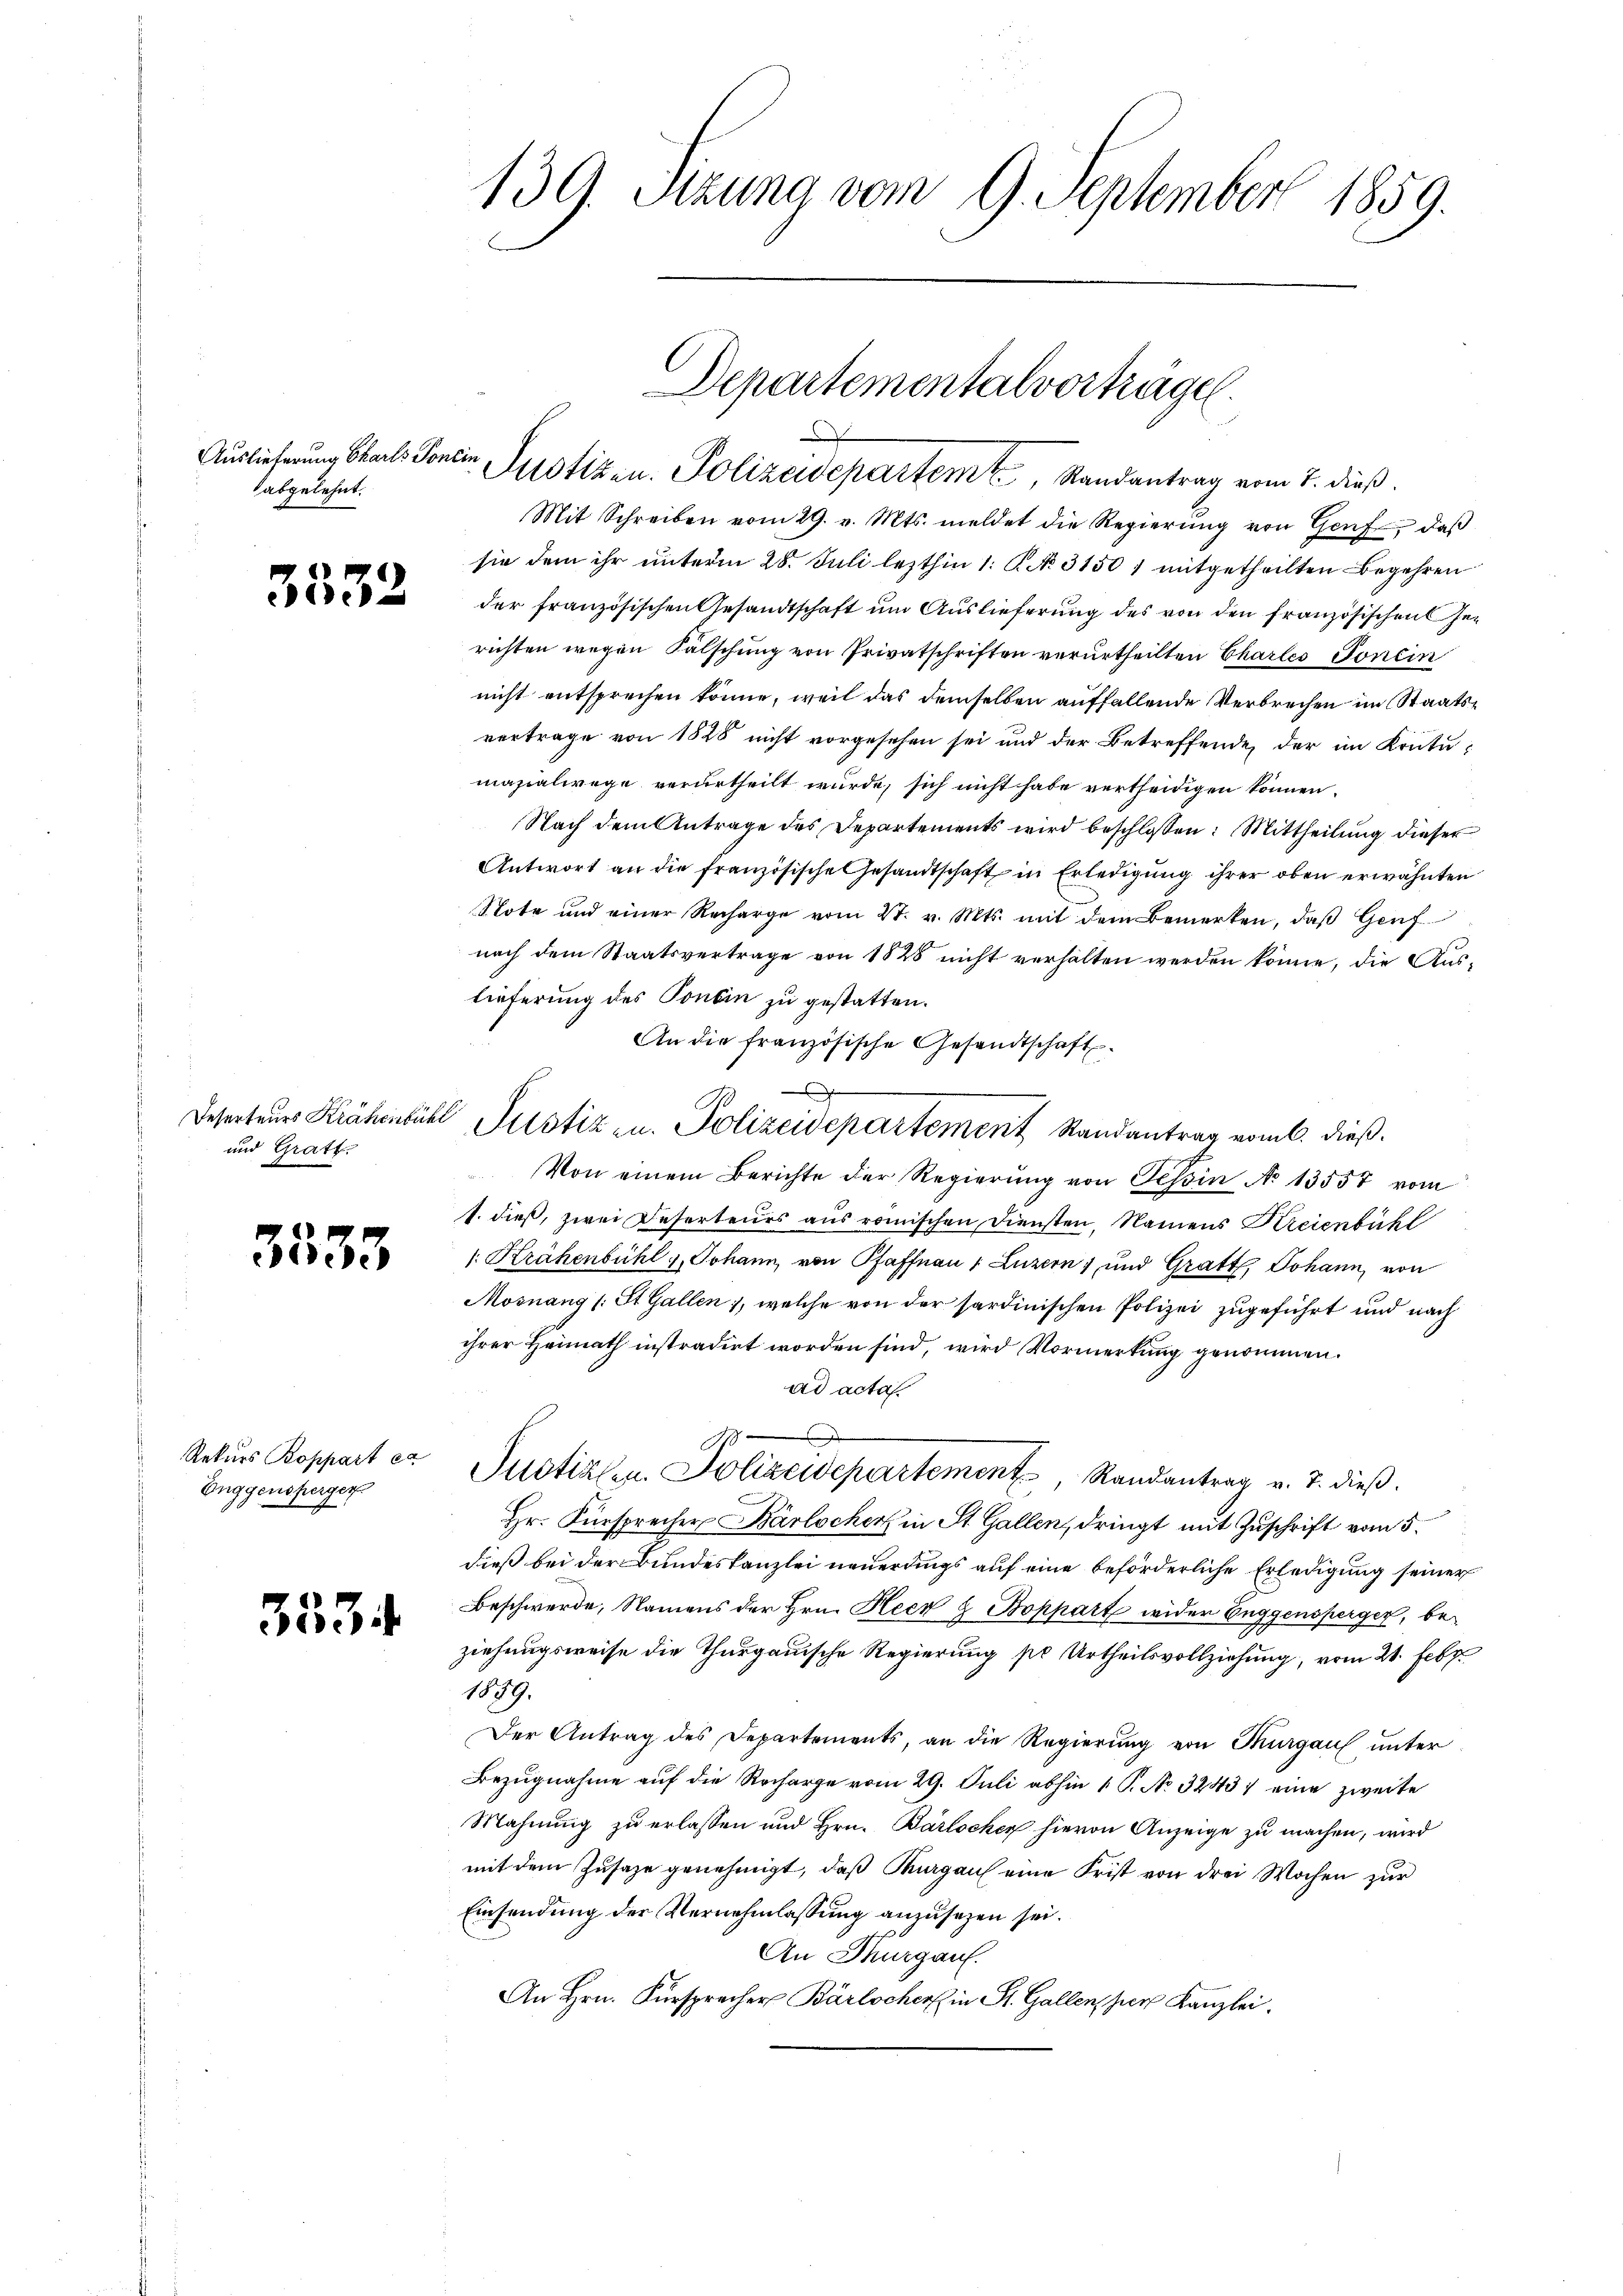
Auslieferung Carls Pontin
abgelehnt.

3532

und Gratt.

3533

Rekurs Boppart ex
Enggensperger

3534

139. Sitzung vom 9. September 1859.

Mit Schreiben vom 29. v. Mts. meldet die Regierŭng von Genf, daβ
sie dem ihr unterm 28. Juli lezthin 1. P. No. 31501 mitgetheilten Begehren
der französischen Gesandtschaft um Auslieferung des von den französischen Gerichten wegen Fälschung von Privatschriften verurtheilten Chartes Tonein
nicht entsprechen könne, weil das demselben auffallende Verbrechen im Staatsvertrage von 1828 nicht vorgesehen sei und der Betreffende der im Kontu-
masialwege verurtheilt wurde, sich nicht habe vertheidigen können.
Nach dem Antrage des Departements wird beschlossen: Mittheilung dieser
Antwort an die französische Gesandtschaft in Erledigung ihrer oben erwähnten
Note und einer Recharge vom 21. v. Mts. mit dem Bemerken, daβ Genf
nach dem Staatsvertrage von 1828 nicht verhalten werden könne, die Auslieferung des Pontin zu gestatten.
An die französische Gesandtschaft.
C
Deserteurs Krähenbühl Justiz- u. Polizeidepartement Randantrag vom 6. dieß.
Von einem Berichte der Regierung von Tessin No 13557 vom
1. dieß, zwei Deserteurs aus römischen Diensten, Namens Kreienbühl
1. Krähenbühl, Johann, von Pfaffnau (Luzern) und Gratt, Johann, von
Mosnang (: St. Gallen, welche von der sardinischen Polizei zugeführt und nach
ihrer Heimath instradirt worden sind, wird Vormerkung genommen.
ad actas
Justiz- u. Polizeidepartement, Randantrag v. J. dieß.
Hr. Fürsprecher Bärlocherz in St. Gallen, dringt mit Zuschrift vom 5.
dieß bei der Bundeskanzlei neuerdings auf eine beförderliche Erledigung seiner
Beschwerde, Namens der Hrn. Heer & Boppart wider Euggensperger, be-
ziehungsweise die Thurgauische Regierung pr Urtheilsvollziehung, vom 21. Febr.
1859.
Der Antrag des Departements, an die Regierung von Thurgau unter
Bezugnahme auf die Recharge vom 29. Juli abhin 1 S. No 3243) eine zweite
Mahnung zu erlassen und Hrn. Barlocker hievon Anzeige zu machen, wird
mit dem Zusaze genehmigt, daß Thurgau eine Frist von drei Wochen zur
Einsendung der Vernehmlassung anzusehen sei.
An Thurgau.
An Hrn. Fürsprecher Bärlocher in St. Gallen per Kanzlei.

Departementalvorträgel.
Justizen. Polizeidepartem Randantrag vom 7. dieß.